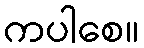
ကပါစေ။